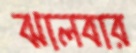
ঝালবার